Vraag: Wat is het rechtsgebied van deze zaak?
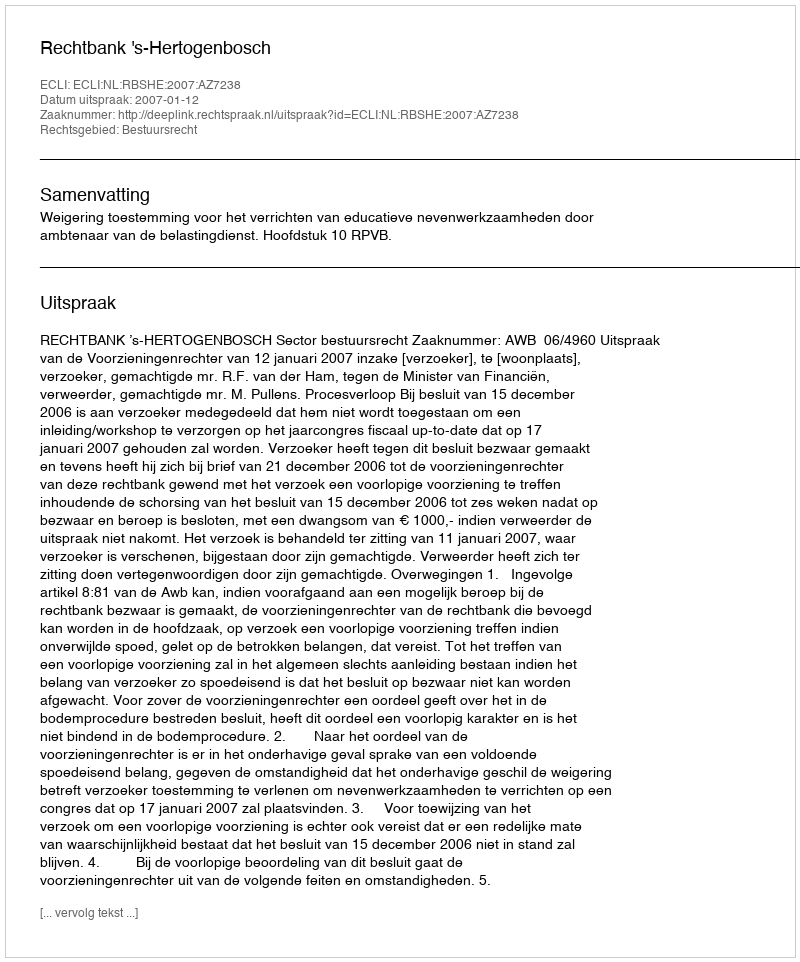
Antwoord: Bestuursrecht